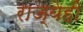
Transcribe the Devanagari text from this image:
राज्येही